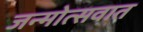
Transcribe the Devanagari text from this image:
जन्मोत्सवात